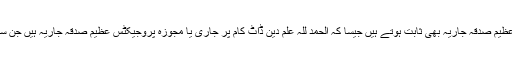
نیز بعض دین کے کام ایسے ہوتے ہیں جو کہ عظیم صدقہ جاریہ بھی ثابت ہوتے ہیں جیسا کہ الحمد للہ علم دین ڈاٹ کام پر جاری یا مجوزہ پروجیکٹس عظیم صدقہ جاریہ ہیں جن سے تمام انسانوں کو ہدایت اور نفع پہنچ رہا ہے ۔